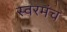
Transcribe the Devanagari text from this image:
स्वरमंच